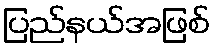
ပြည်နယ်အဖြစ်